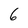
Character: 6